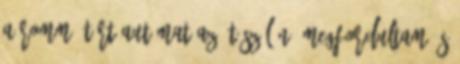
a rommá tört autómat az út szélén. Megfordultam és